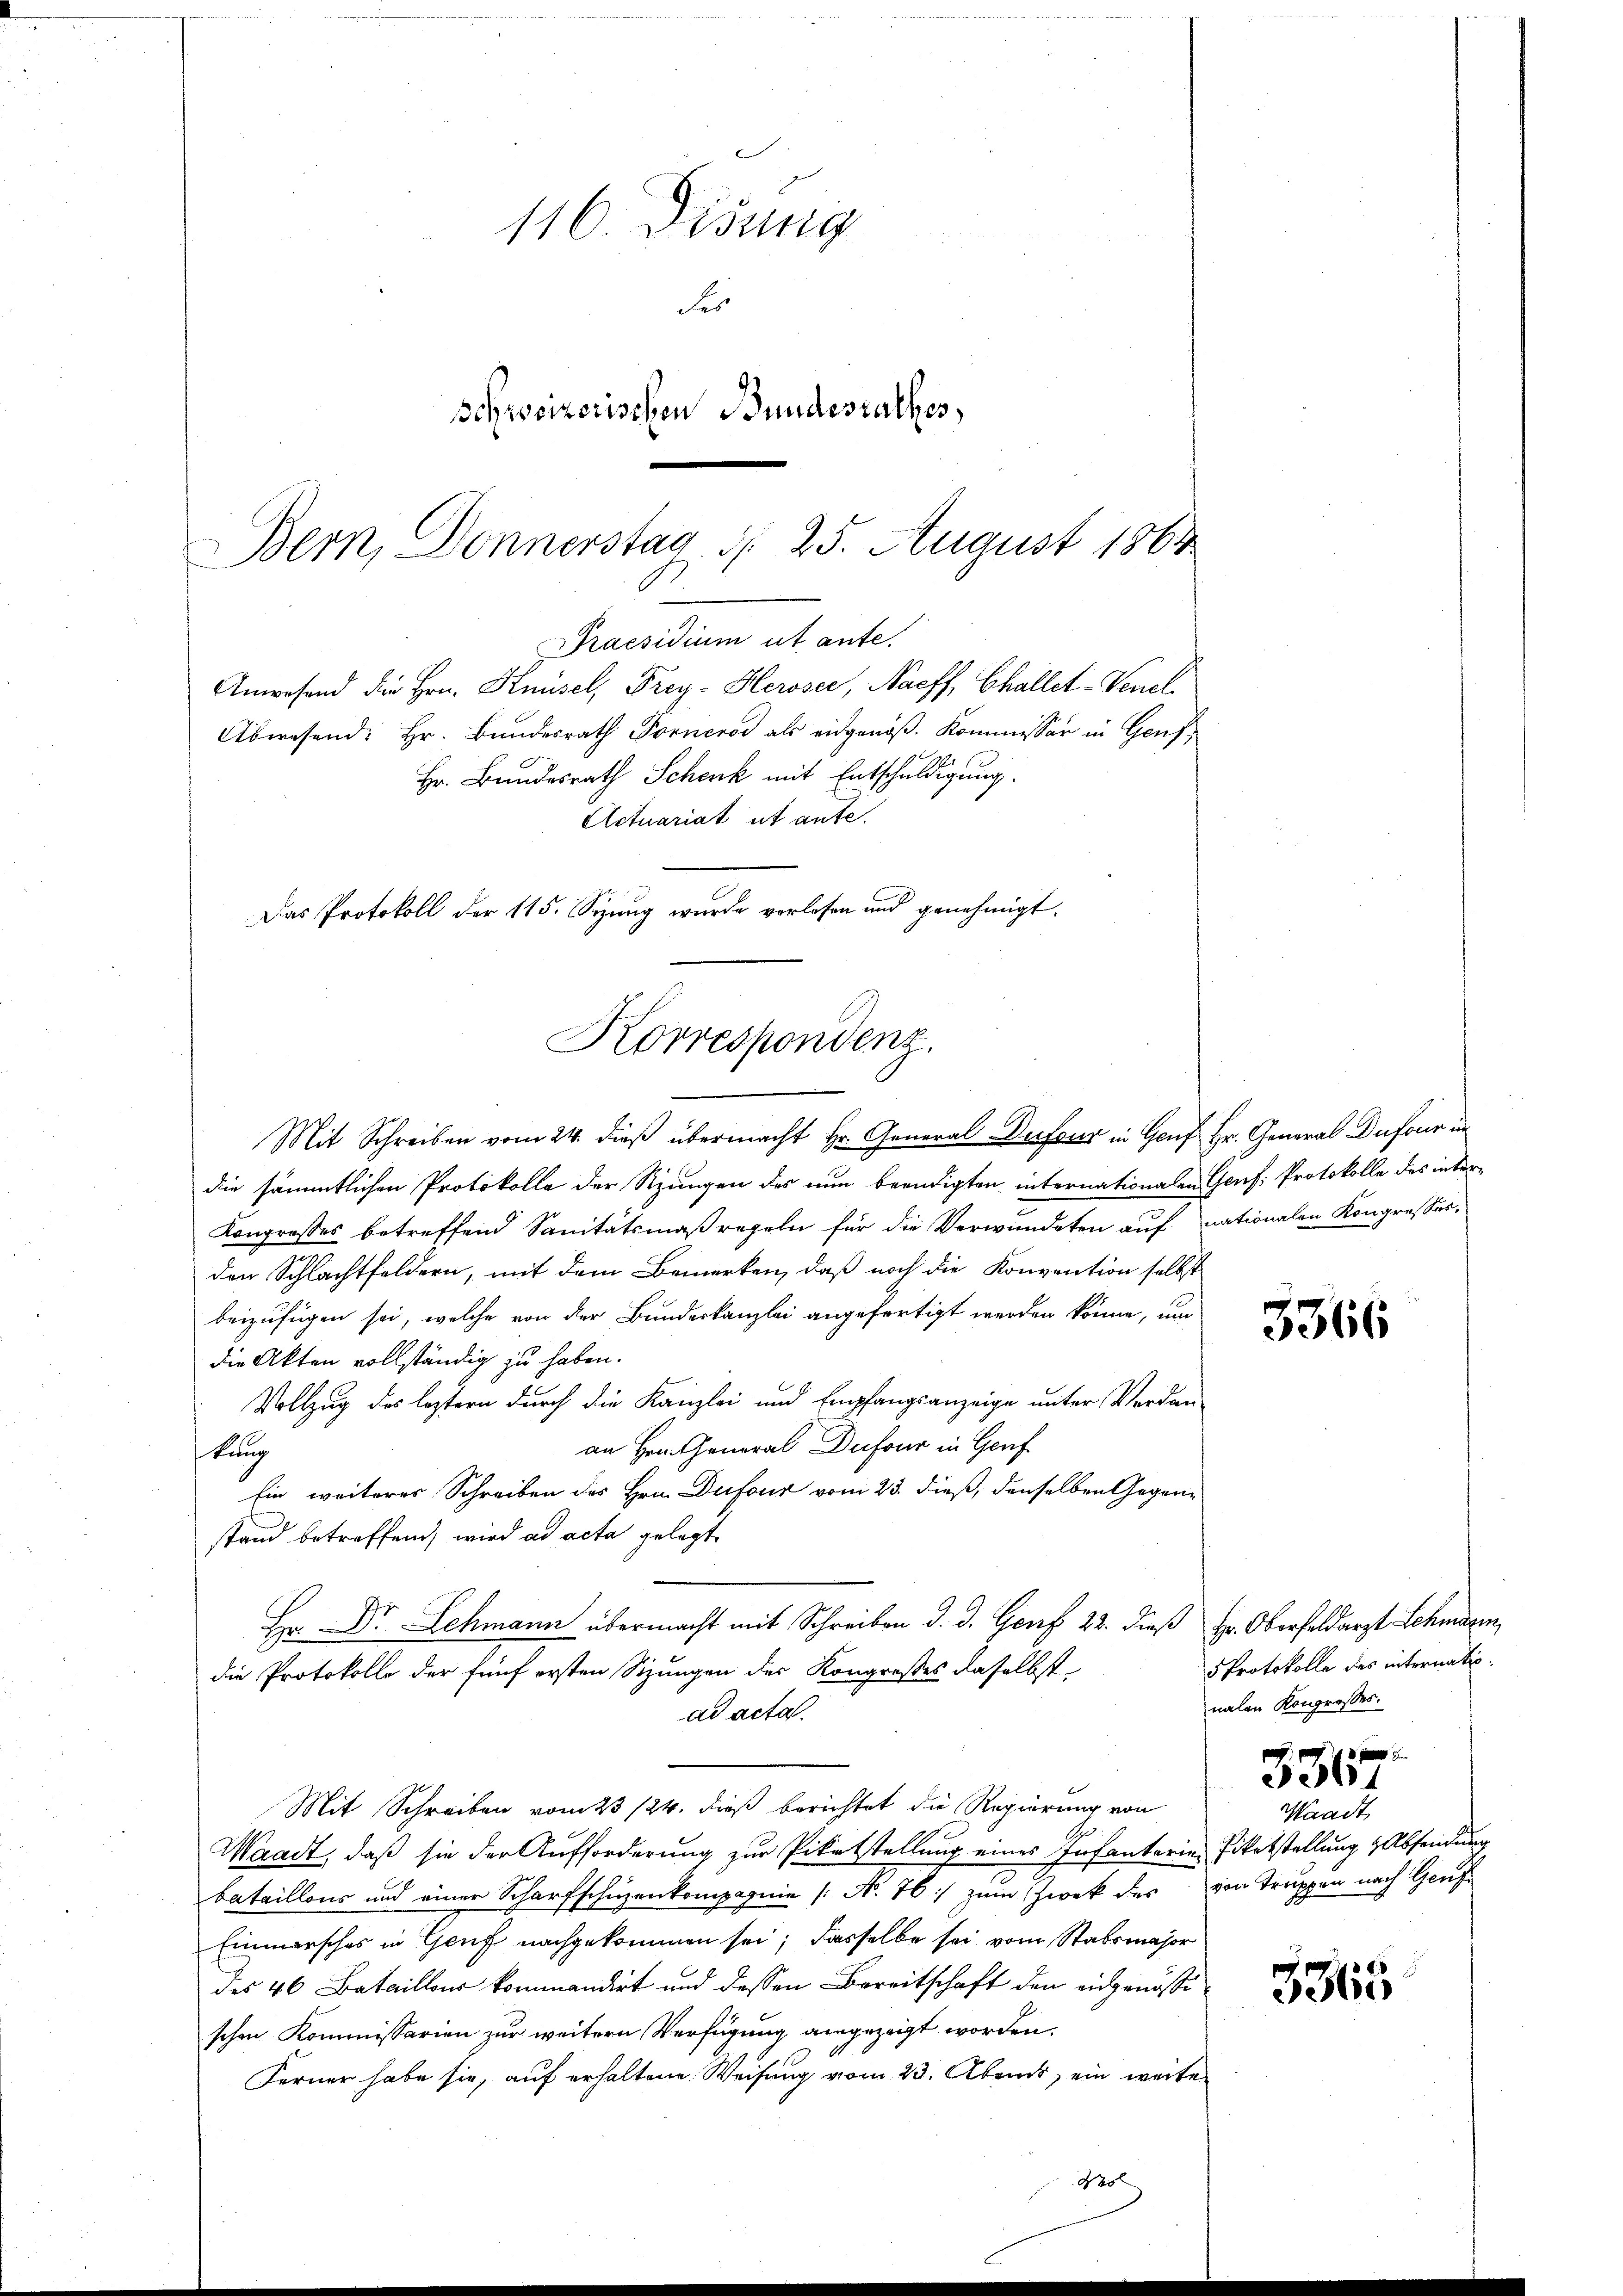
Bern, Donnerstag d. 25. August 1864
Korrespondenz.

116. Disung
Fes
schweizerischen Bundesrathes,

Praesidium ut ante.
Anwesend die Hrn. Knüsel, Frey-Herosee, Naeff, Challet-Venel
Abwesend: Hr. Bundesrath Forneros als eidgenöß. Kommissär in Genf¬
Hr. Bundesrath Schenk mit Entschuldigung.
Actuariat it ante.
Das Protokoll der 115. Sezung wurde verlesen und genehmigt.

Mit Schreiben vom 24. dieß übermacht Hr. General-Dufour in Genf Hr. General Dufour in
die sämmtlichen Protokolle der Sjungen des nun beendigten internationalen Genf, Protokolle des inter¬
Kongrosses betreffend Sanitätsmaßregeln für die Verwundeten auf nationalen Kongresses,
den Schlachtfeldern, mit dem Bemerken, daß noch die Konvention selbst
beizufügen sei, welche von der Bundeskanzlei angefertigt werden könne, um
die Akten vollständig zu haben.
Vollzug des leztern durch die Kanzlei und Empfangsanzeige unter Verdan-
an Hrn. General Dufour in Genf
kung
Ein weiteres Schreiben des Hrn. Dufour vom 23. dieß, denselben Gegenstand betreffend, wird ad acta gelegt
Hr. Dr Schmann übermacht mit Schreiben d. d. Genf 22. dieß Hr. Oberfeldarzt Schmann
die Protokolle der fünf ersten Sizungen der Kongrosses daselbst
ad acta.
Mit Schreiben vom 23 /24. dieß berichtet die Regierung von
Waadt, daß sie der Aufforderung zur Pikatstellung eines Infantarie Titelstellung Absendung
bataillons und einer Scharfschüzenkompagnie (N. 76 zum Zwek des von Truppen nach Genf
Einmarsches in Genf nachgekommen sei; dasselbe sei vom Stabsmajor
des 46 Bataillons kommandirt und dessen Bereitschaft den eidgenössi
schen Kommissarien zur weitern Verfügung angezeigt worden.
Ferner habe sie, auf erhaltene Weisung vom 23. Abriast, ein weite
N

3366

5 Protokolle des internationalen Kongrosses.

336.
Waadt

3365